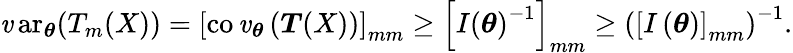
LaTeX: \operatorname{\mathit{v}ar}_{\boldsymbol{\theta}}(T_{m}(X))=\left[\operatorname{co\mathit{v}}_{\boldsymbol{\theta}}\left({\boldsymbol{T}}(X)\right)\right]_{mm}\geq\left[I\left({\boldsymbol{\theta}}\right)^{-1}\right]_{mm}\geq\left(\left[I\left({\boldsymbol{\theta}}\right)\right]_{mm}\right)^{-1}.